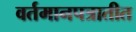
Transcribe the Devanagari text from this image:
वर्तमानपत्रातीत